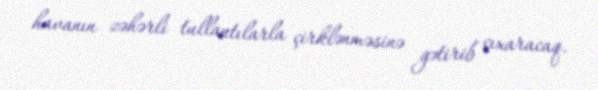
havanın zəhərli tullantılarla çirklənməsinə gətirib çıxaracaq.